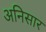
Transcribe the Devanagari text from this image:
अनिसार